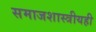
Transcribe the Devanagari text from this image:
समाजशास्त्रीयही